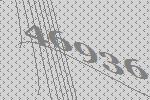
46936